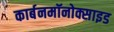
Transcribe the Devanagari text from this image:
कार्बनमॉनोक्साइड